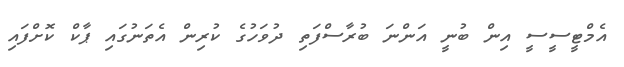
އެމްޓީސީސީ އިން ބުނީ އަންނަ ބުރާސްފަތި ދުވަހުގެ ކުރިން އެތަނުގައި ޕާކް ކޮށްފައި